Annual statistical returns and brief notes on vaccination in Bengal - 1909-1929
Year: 1909
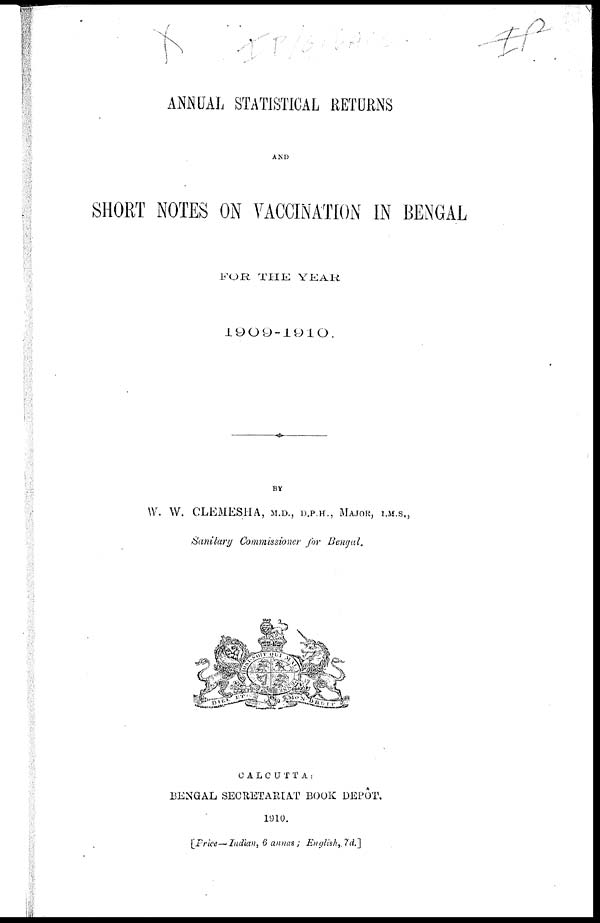
ANNUAL STATISTICAL RETURNS
AND
SHORT NOTES ON VACCINATION IN BENGAL
FOR THE YEAR
1909-1910.
BY
W. W. CLEMESHA, M.D., D.P.H., MAJOR, I.M.S.,
Sanitary Commissioner for Bengal.
CALCUTTA:
BENGAL SECRETARIAT BOOK DEPÔT.
1910.
[Price—Indian, 6 annas; English, 7d.]